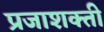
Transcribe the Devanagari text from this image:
प्रजाशक्ती